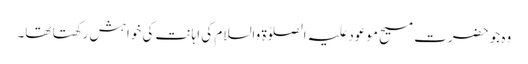
وہ جو حضرت مسیح موعود علیہ الصلوٰۃ والسلام کی اہانت کی خواہش رکھتا تھا۔